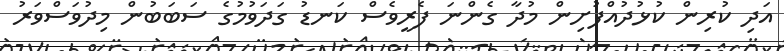
އަދި ކުރިން ކުޅުދުއްފުށިން މުދާ ގެންނަ ފެރީވެސް ކަނޑު ގަދަވުމުގެ ސަބަބުން މިދުވަސްވަރު